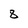
Character: 8